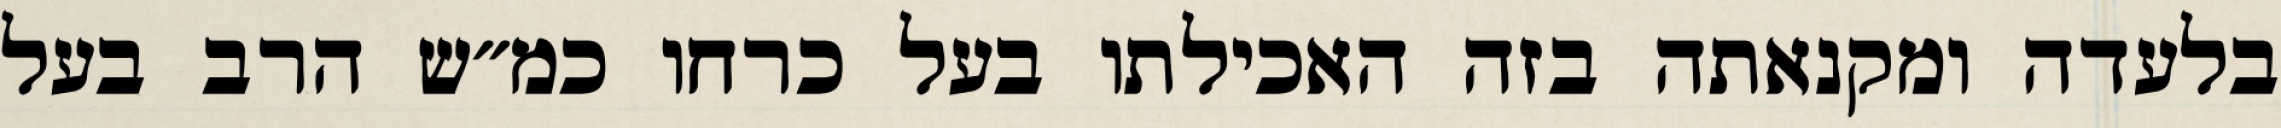
בלעדה ומקנאתה בזה האכילתו בעל כרחו כמ״ש הרב בעל